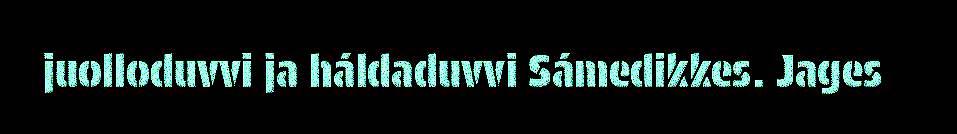
juolloduvvi ja háldaduvvi Sámedikkes. Jages